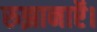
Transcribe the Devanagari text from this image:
रुझानाऍ।